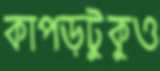
কাপড়টুকুও